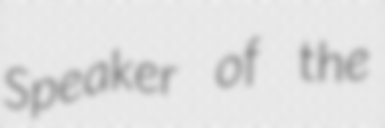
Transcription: Speaker of the